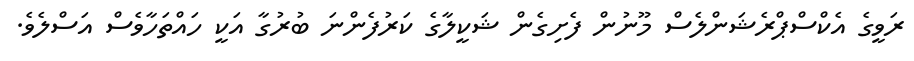
ރަވީގެ އެކްސްޕްރެޝަންލެސް މޫނުން ފެށިގެން ޝަކީލާގެ ކަރުފެންނަ ބުރުގާ އަކީ ހައްތަހާވެސް އަސްލެވެ.